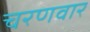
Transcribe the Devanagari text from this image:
चरणवार